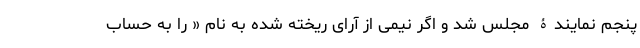
پنجم نمایندۀ مجلس شد و اگر نیمی از آرای ریخته شده به نام « را به حساب